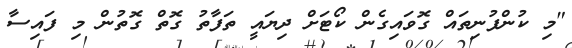
"މި ކުންފުނިތައް ގޮވައިގެން ކޯޓަށް ދިޔައީ ތަފާތު ގޮތް ގޮތުން މި ފައިސާ